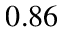
0 . 8 6